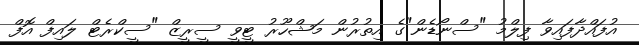
އުފައްދާފައިވާ ފިލްމު "ސްނޯޑެން"ގެ އިތުރުން މަޝްހޫރު ޓީވީ ސީރީޒް "ސީކްރެޓް ލައިފް އޮފް